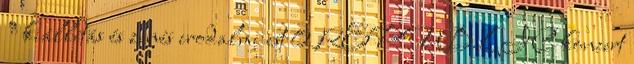
” kiállítás és zenés irodalmi est 0 REPUBLIC koncert